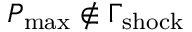
P _ { \mathrm { m a x } } \notin \Gamma _ { \mathrm { s h o c k } }